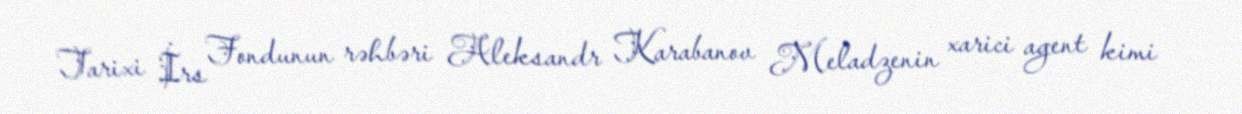
Tarixi İrs Fondunun rəhbəri Aleksandr Karabanov Meladzenin xarici agent kimi